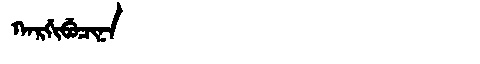
Manchu: ᡴᠠᡵᡤᡳᠪᡠᠴᡳᠨᠠ
Romanization: KARGIBUCINA